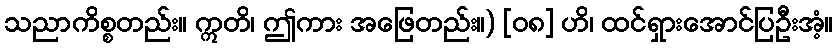
သညာကိစ္စတည်း။ ဣတိ၊ ဤကား အဖြေတည်း။) [၀၈] ဟိ၊ ထင်ရှားအောင်ပြဦးအံ့။